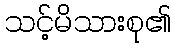
သင့်မိသားစု၏